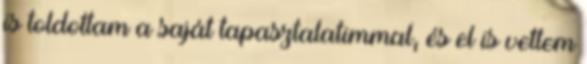
is toldottam a saját tapasztalatimmal, és el is vettem